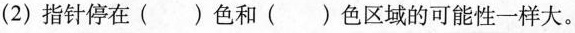
(2)指针停在()色和()色区域的可能性一样大。